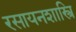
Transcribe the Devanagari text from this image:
रसायनशास्त्रि